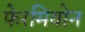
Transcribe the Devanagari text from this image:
फेरमियोन